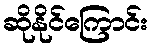
ဆိုနိုင်ကြောင်း